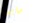
مايبي